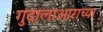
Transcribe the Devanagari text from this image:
गुदालाआराच्या